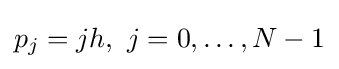
p_{j}=jh,\ j=0,\dots ,N-1